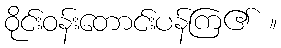
ဝိုင်းဝန်းတောင်းပန်ကြ၏ ။